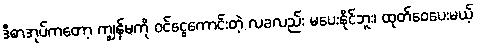
ဒီစာအုပ်ကတော့ ကျွန်မကို ဝင်ငွေကောင်းတဲ့ လခလည်း မပေးနိုင်ဘူး၊ ထုတ်ဝေပေးမယ့်